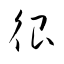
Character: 很